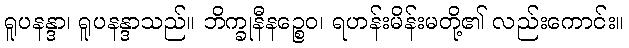
ရူပနန္ဒာ၊ ရူပနန္ဒာသည်။ ဘိက္ခုနီနဉ္စေဝ၊ ရဟန်းမိန်းမတို့၏ လည်းကောင်း။